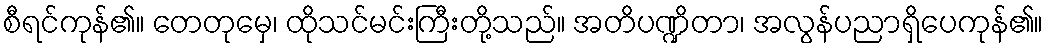
စီရင်ကုန်၏။ တေတုမှေ၊ ထိုသင်မင်းကြီးတို့သည်။ အတိပဏ္ဍိတာ၊ အလွန်ပညာရှိပေကုန်၏။